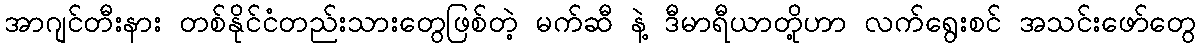
အာဂျင်တီးနား တစ်နိုင်ငံတည်းသားတွေဖြစ်တဲ့ မက်ဆီ နဲ့ ဒီမာရီယာတို့ဟာ လက်ရွေးစင် အသင်းဖော်တွေ